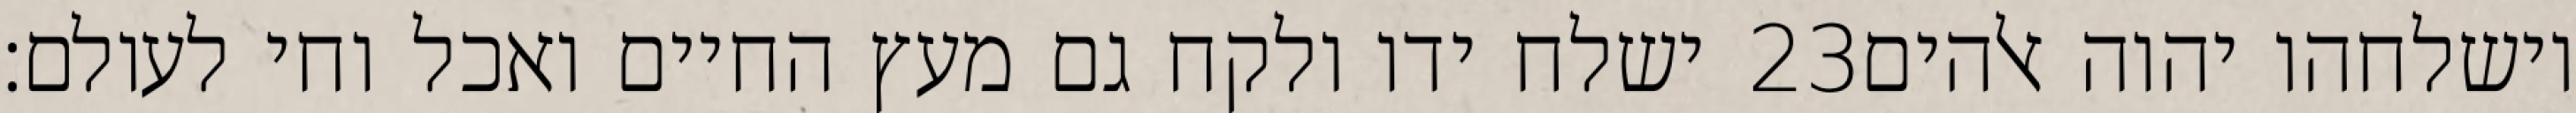
ישלח ידו ולקח גם מעץ החיים ואכל וחי לעולם׃ ‎23‏ וישלחהו יהוה אלהים